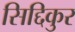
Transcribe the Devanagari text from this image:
सिद्दिकुर